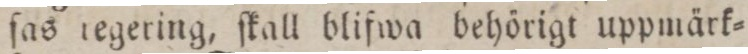
ſas tegering, ſkall blifwa behörigt uppmärk=